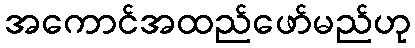
အကောင်အထည်ဖော်မည်ဟု